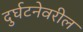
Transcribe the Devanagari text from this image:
दुर्घटनेवरील